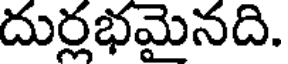
దుర్లభమైనది.